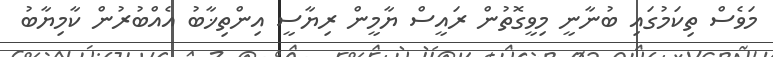
މަވެސް ތިކަމުގައި ބުނާނީ މިވީގޮތުން ރައީސް ޔާމީން ރިޔާސީ އިންތިޚާބު އެއްބުރުން ކާމިޔާބު